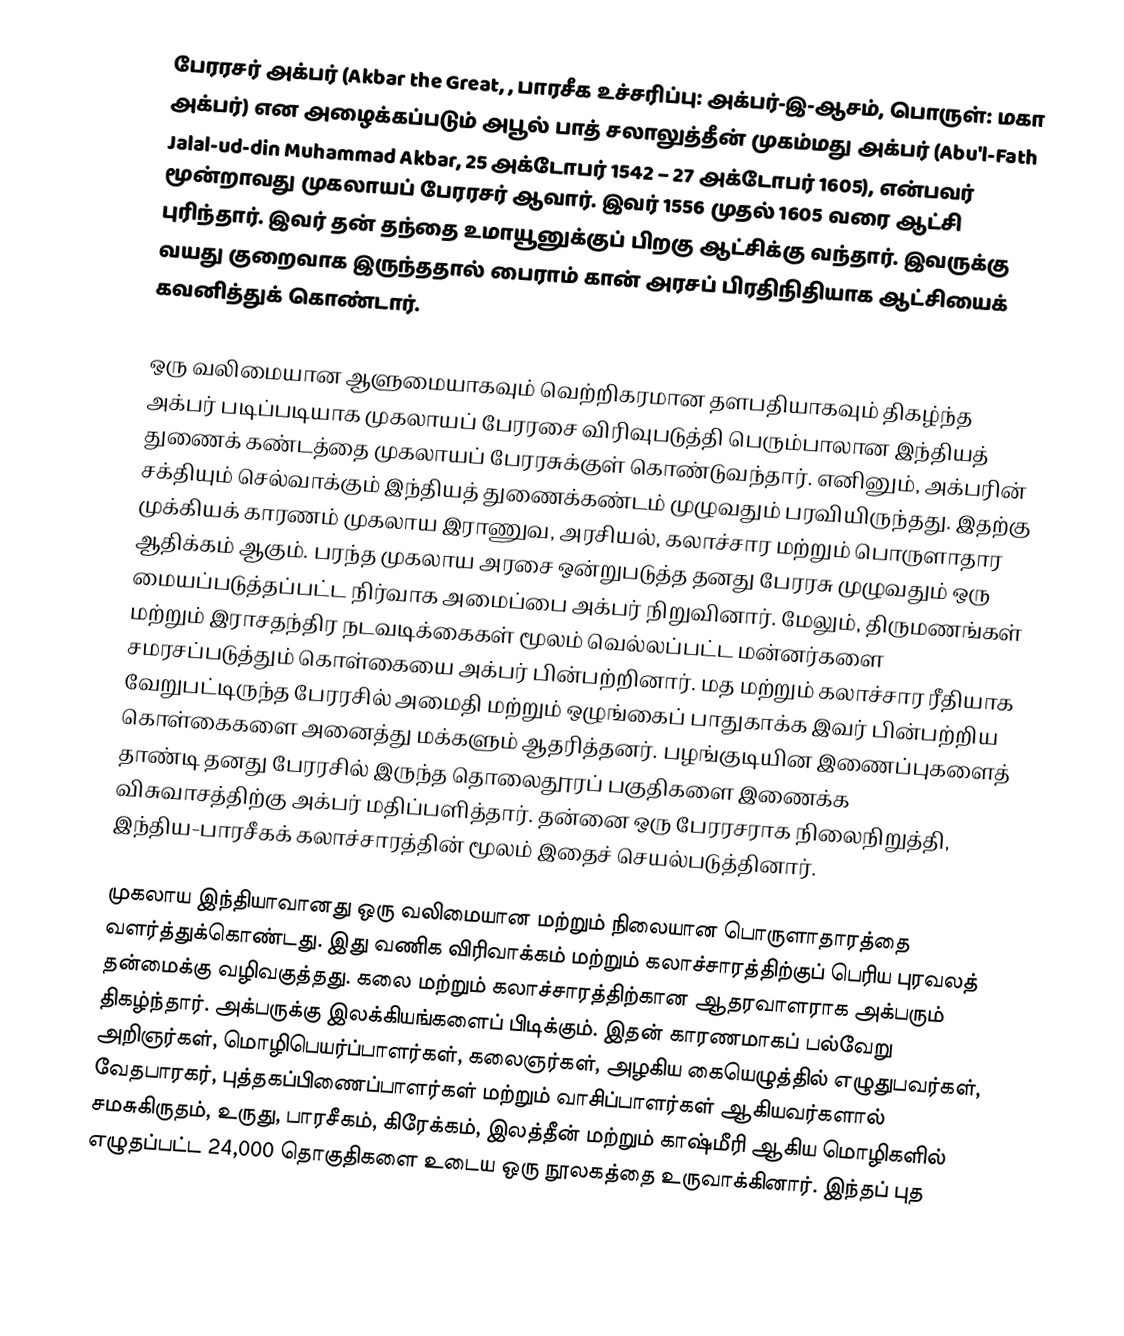
பேரரசர் அக்பர் (Akbar the Great, , பாரசீக உச்சரிப்பு: அக்பர்-இ-ஆசம், பொருள்: மகா அக்பர்) என அழைக்கப்படும் அபூல் பாத் சலாலுத்தீன் முகம்மது அக்பர் (Abu'l-Fath Jalal-ud-din Muhammad Akbar, 25 அக்டோபர் 1542 – 27 அக்டோபர் 1605), என்பவர் மூன்றாவது முகலாயப் பேரரசர் ஆவார். இவர் 1556 முதல் 1605 வரை ஆட்சி புரிந்தார். இவர் தன் தந்தை உமாயூனுக்குப் பிறகு ஆட்சிக்கு வந்தார். இவருக்கு வயது குறைவாக இருந்ததால் பைராம் கான் அரசப் பிரதிநிதியாக ஆட்சியைக் கவனித்துக் கொண்டார்.

ஒரு வலிமையான ஆளுமையாகவும் வெற்றிகரமான தளபதியாகவும் திகழ்ந்த அக்பர் படிப்படியாக முகலாயப் பேரரசை விரிவுபடுத்தி பெரும்பாலான இந்தியத் துணைக் கண்டத்தை முகலாயப் பேரரசுக்குள் கொண்டுவந்தார். எனினும், அக்பரின் சக்தியும் செல்வாக்கும் இந்தியத் துணைக்கண்டம் முழுவதும் பரவியிருந்தது. இதற்கு முக்கியக் காரணம் முகலாய இராணுவ, அரசியல், கலாச்சார மற்றும் பொருளாதார ஆதிக்கம் ஆகும். பரந்த முகலாய அரசை ஒன்றுபடுத்த தனது பேரரசு முழுவதும் ஒரு மையப்படுத்தப்பட்ட நிர்வாக அமைப்பை அக்பர் நிறுவினார். மேலும், திருமணங்கள் மற்றும் இராசதந்திர நடவடிக்கைகள் மூலம் வெல்லப்பட்ட மன்னர்களை சமரசப்படுத்தும் கொள்கையை அக்பர் பின்பற்றினார். மத மற்றும் கலாச்சார ரீதியாக வேறுபட்டிருந்த பேரரசில் அமைதி மற்றும் ஒழுங்கைப் பாதுகாக்க இவர் பின்பற்றிய கொள்கைகளை அனைத்து மக்களும் ஆதரித்தனர். பழங்குடியின இணைப்புகளைத் தாண்டி தனது பேரரசில் இருந்த தொலைதூரப் பகுதிகளை இணைக்க விசுவாசத்திற்கு அக்பர் மதிப்பளித்தார். தன்னை ஒரு பேரரசராக நிலைநிறுத்தி, இந்திய-பாரசீகக் கலாச்சாரத்தின் மூலம் இதைச் செயல்படுத்தினார்.

முகலாய இந்தியாவானது ஒரு வலிமையான மற்றும் நிலையான பொருளாதாரத்தை வளர்த்துக்கொண்டது. இது வணிக விரிவாக்கம் மற்றும் கலாச்சாரத்திற்குப் பெரிய புரவலத் தன்மைக்கு வழிவகுத்தது. கலை மற்றும் கலாச்சாரத்திற்கான ஆதரவாளராக அக்பரும் திகழ்ந்தார். அக்பருக்கு இலக்கியங்களைப் பிடிக்கும். இதன் காரணமாகப் பல்வேறு அறிஞர்கள், மொழிபெயர்ப்பாளர்கள், கலைஞர்கள், அழகிய கையெழுத்தில் எழுதுபவர்கள், வேதபாரகர், புத்தகப்பிணைப்பாளர்கள் மற்றும் வாசிப்பாளர்கள் ஆகியவர்களால் சமசுகிருதம், உருது, பாரசீகம், கிரேக்கம், இலத்தீன் மற்றும் காஷ்மீரி ஆகிய மொழிகளில் எழுதப்பட்ட 24,000 தொகுதிகளை உடைய ஒரு நூலகத்தை உருவாக்கினார். இந்தப் புத